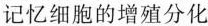
记忆细胞的增殖分化